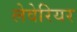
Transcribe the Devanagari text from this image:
लेवेरियर